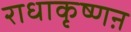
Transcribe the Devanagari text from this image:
राधाकृष्णऩ